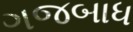
ગજબાધ